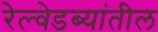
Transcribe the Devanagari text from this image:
रेल्वेडब्यांतील